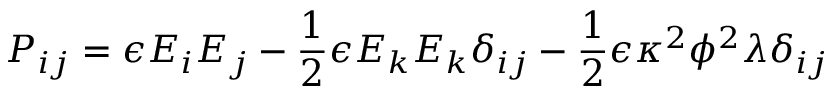
P _ { i j } = \epsilon E _ { i } E _ { j } - \frac { 1 } { 2 } \epsilon E _ { k } E _ { k } \delta _ { i j } - \frac { 1 } { 2 } \epsilon \kappa ^ { 2 } \phi ^ { 2 } \lambda \delta _ { i j }